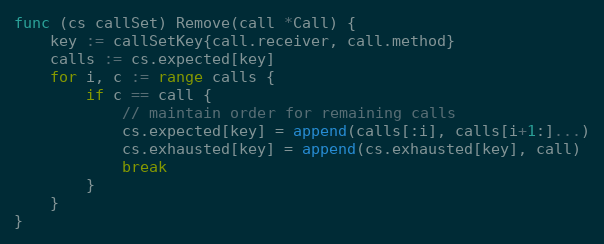
Language: Go
func (cs callSet) Remove(call *Call) {
	key := callSetKey{call.receiver, call.method}
	calls := cs.expected[key]
	for i, c := range calls {
		if c == call {
			// maintain order for remaining calls
			cs.expected[key] = append(calls[:i], calls[i+1:]...)
			cs.exhausted[key] = append(cs.exhausted[key], call)
			break
		}
	}
}